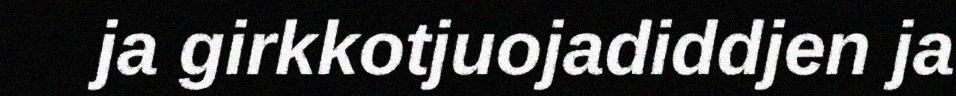
ja girkkotjuojadiddjen ja